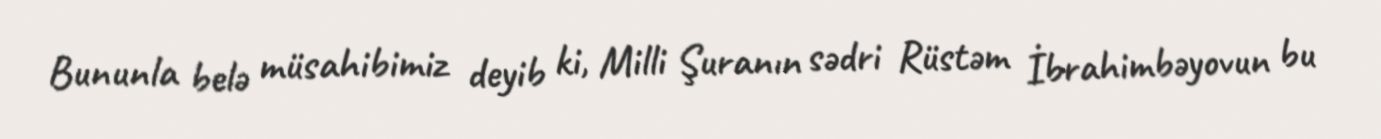
Bununla belə müsahibimiz deyib ki, Milli Şuranın sədri Rüstəm İbrahimbəyovun bu